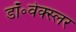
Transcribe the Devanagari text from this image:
डॉ॰वेक्स्लर